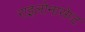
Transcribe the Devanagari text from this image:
राइलोनासेप्ट